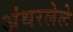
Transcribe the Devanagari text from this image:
अंथरलेले